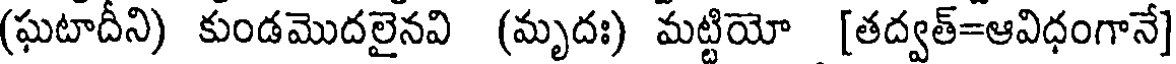
(ఘటాదీని) కుండమొదలైనవి (మృదః) మట్టియో [తద్వత్=ఆవిధంగానే]